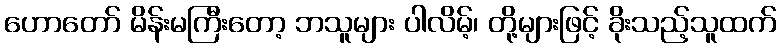
ဟောတော် မိန်းမကြီးတော့ ဘသူများ ပါလိမ့်၊ တို့များဖြင့် ခိုးသည့်သူထက်